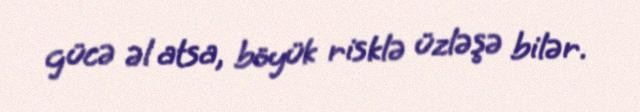
gücə əl atsa, böyük risklə üzləşə bilər.